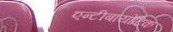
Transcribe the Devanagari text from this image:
एन्टीबायोटिक